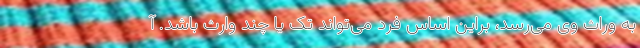
به وراث وی می‌رسد، براین اساس فرد می‌تواند تک یا چند وارث باشد. آ